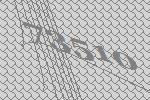
73510